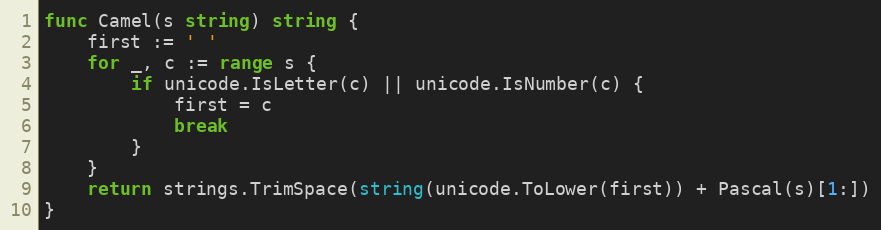
Language: Go
func Camel(s string) string {
	first := ' '
	for _, c := range s {
		if unicode.IsLetter(c) || unicode.IsNumber(c) {
			first = c
			break
		}
	}
	return strings.TrimSpace(string(unicode.ToLower(first)) + Pascal(s)[1:])
}